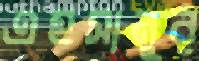
এহসানুর